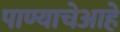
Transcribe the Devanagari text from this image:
पाण्याचेआहे